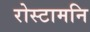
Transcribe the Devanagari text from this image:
रोस्टामनि